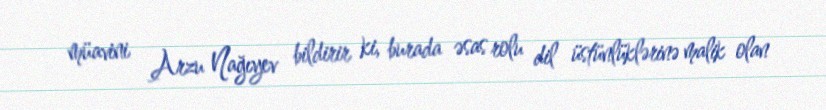
müavini Arzu Nağıyev bildirir ki, burada əsas rolu dil üstünlüklərinə malik olan